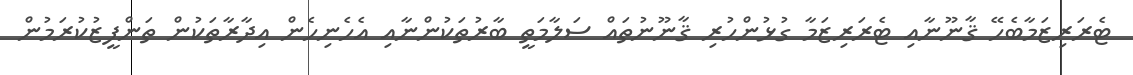
ޓެރަރިޒަމާބެހޭ ޤާނޫނާއި ޓެރަރިޒަމާ ގުޅުންހުރި ޤާނޫނުތައް ސަލާމަތީ ބާރުތަކުންނާއި އެހެނިހެން އިދާރާތަކުން ތަންފީޒުކުރަމުން